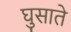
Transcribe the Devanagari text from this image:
घुसाते